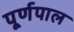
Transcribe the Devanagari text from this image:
पूर्णपाल